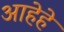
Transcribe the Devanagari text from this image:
आहेहे